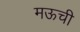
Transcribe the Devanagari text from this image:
मऊची